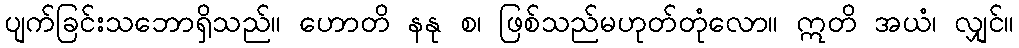
ပျက်ခြင်းသဘောရှိသည်။ ဟောတိ နနု စ၊ ဖြစ်သည်မဟုတ်တုံလော။ ဣတိ အယံ၊ လျှင်။